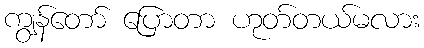
ကျွန်တော် ပြောတာ ဟုတ်တယ်မလား